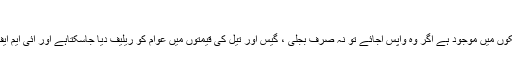
سینیٹر سراج الحق
نے کہاکہ پاکستان کا 375 ارب ڈالر کا خطیر سرمایہ بیرونی بنکوں میں موجود ہے اگر وہ واپس آجائے تو نہ صرف بجلی ، گیس اور تیل کی قیمتوں میں عوام کو ریلیف دیا جاسکتاہے اور آئی ایم ایف اور ورلڈ بنک سمیت کسی کے آگے ہاتھ نہیں پھیلانا پڑیںگے ۔